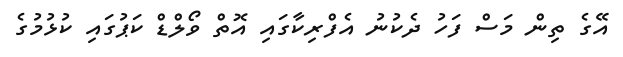
އޭގެ ތިން މަސް ފަހު ދެކުނު އެފްރިކާގައި އޮތް ވޯލްޑް ކަޕުގައި ކުޅުމުގެ